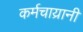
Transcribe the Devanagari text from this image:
कर्मचाय्रानी